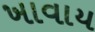
ખાવાય